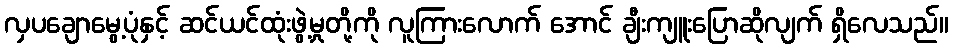
လှပချောမွေ့ပုံနှင့် ဆင်ယင်ထုံးဖွဲ့မှုတို့ကို လူကြားလောက် အောင် ချီးကျူးပြောဆိုလျက် ရှိလေသည်။